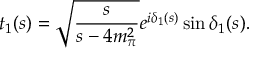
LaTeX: t _ { 1 } ( s ) = \sqrt { \frac { s } { s - 4 m _ { \pi } ^ { 2 } } } e ^ { i \delta _ { 1 } ( s ) } \sin \delta _ { 1 } ( s ) .